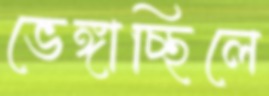
ভেঙ্গাচ্ছিলে